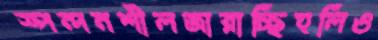
স্পন্দনশীলজারাচ্ছিহুলিও